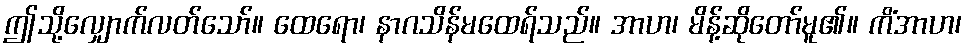
ဤသို့လျှောက်လတ်သော်။ ထေရော၊ နာဂသိန်မထေရ်သည်။ အာဟ၊ မိန့်ဆိုတော်မူ၏။ ကိံအာဟ၊